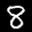
Label: 8